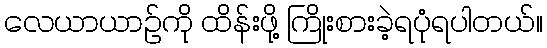
လေယာယာဉ်ကို ထိန်းဖို့ ကြိုးစားခဲ့ရပုံရပါတယ်။